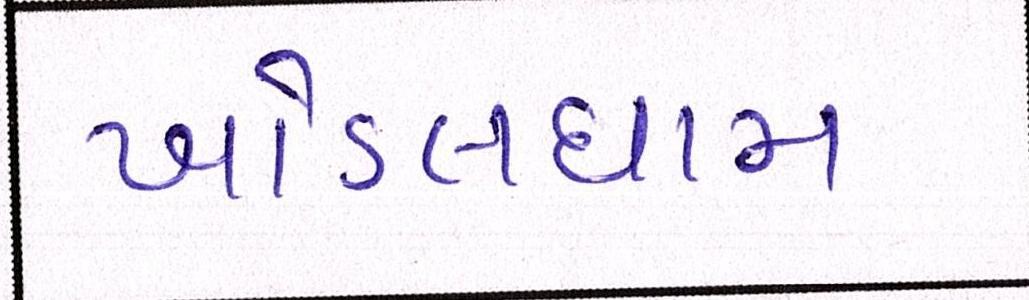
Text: ખોડલધામ